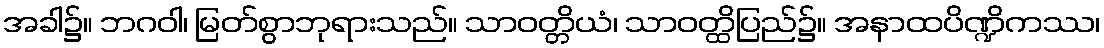
အခါ၌။ ဘဂဝါ၊ မြတ်စွာဘုရားသည်။ သာဝတ္တိယံ၊ သာဝတ္ထိပြည်၌။ အနာထပိဏ္ဍိကဿ၊